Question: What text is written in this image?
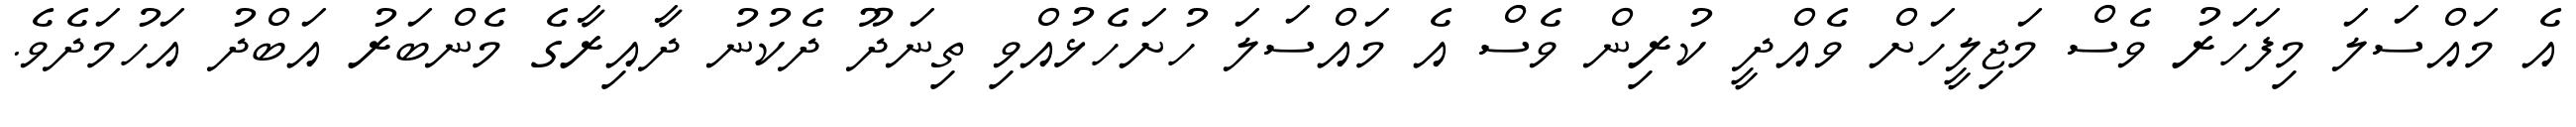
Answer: އެ މައްސަލަ މިފަހަރު ވެސް މަޖިލީހަށް ވެއްދީ ކުރިން ވެސް އެ މައްސަލަ ހުށަހެޅުއްވި ތިނަދޫ ދެކުނު ދާއިރާގެ މެންބަރު އަބްދު އަހުމަދެވެ.